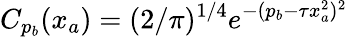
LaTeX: C_{p_{b}}(x_{a})=(2/\pi)^{1/4}e^{-(p_{b}-\tau x_{a}^{2})^{2}}